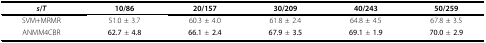
<table><thead><tr><td><b><i>s</i>/<i>T</i></b></td><td><b>10/86</b></td><td><b>20/157</b></td><td><b>30/209</b></td><td><b>40/243</b></td><td><b>50/259</b></td></tr></thead><tbody><tr><td>SVM+MRMR</td><td>51.0 ± 3.7</td><td>60.3 ± 4.0</td><td>61.8 ± 2.4</td><td>64.8 ± 4.5</td><td>67.8 ± 3.5</td></tr><tr><td>ANMM4CBR</td><td><b>62.7 </b>± <b>4.8</b></td><td><b>66.1 </b>± <b>2.4</b></td><td><b>67.9 </b>± <b>3.5</b></td><td><b>69.1 </b>± <b>1.9</b></td><td><b>70.0 </b>± <b>2.9</b></td></tr></tbody></table>